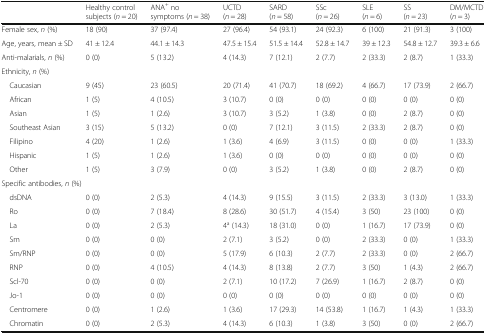
<table><thead><tr><td></td><td><b>Healthy control subjects (<i>n</i> = 20)</b></td><td><b>ANA<sup>+</sup> no symptoms (<i>n</i> = 38)</b></td><td><b>UCTD (<i>n</i> = 28)</b></td><td><b>SARD (<i>n</i> = 58)</b></td><td><b>SSc (<i>n</i> = 26)</b></td><td><b>SLE (<i>n</i> = 6)</b></td><td><b>SS (<i>n</i> = 23)</b></td><td><b>DM/MCTD (<i>n</i> = 3)</b></td></tr></thead><tbody><tr><td>Female sex, <i>n</i> (%)</td><td>18 (90)</td><td>37 (97.4)</td><td>27 (96.4)</td><td>54 (93.1)</td><td>24 (92.3)</td><td>6 (100)</td><td>21 (91.3)</td><td>3 (100)</td></tr><tr><td>Age, years, mean ± SD</td><td>41 ± 12.4</td><td>44.1 ± 14.3</td><td>47.5 ± 15.4</td><td>51.5 ± 14.4</td><td>52.8 ± 14.7</td><td>39 ± 12.3</td><td>54.8 ± 12.7</td><td>39.3 ± 6.6</td></tr><tr><td>Anti-malarials, <i>n</i> (%)</td><td>0 (0)</td><td>5 (13.2)</td><td>4 (14.3)</td><td>7 (12.1)</td><td>2 (7.7)</td><td>2 (33.3)</td><td>2 (8.7)</td><td>1 (33.3)</td></tr><tr><td colspan="9">Ethnicity, <i>n</i> (%)</td></tr><tr><td> Caucasian</td><td>9 (45)</td><td>23 (60.5)</td><td>20 (71.4)</td><td>41 (70.7)</td><td>18 (69.2)</td><td>4 (66.7)</td><td>17 (73.9)</td><td>2 (66.7)</td></tr><tr><td> African</td><td>1 (5)</td><td>4 (10.5)</td><td>3 (10.7)</td><td>0 (0)</td><td>0 (0)</td><td>0 (0)</td><td>0 (0)</td><td>0 (0)</td></tr><tr><td> Asian</td><td>1 (5)</td><td>1 (2.6)</td><td>3 (10.7)</td><td>3 (5.2)</td><td>1 (3.8)</td><td>0 (0)</td><td>2 (8.7)</td><td>0 (0)</td></tr><tr><td> Southeast Asian</td><td>3 (15)</td><td>5 (13.2)</td><td>0 (0)</td><td>7 (12.1)</td><td>3 (11.5)</td><td>2 (33.3)</td><td>2 (8.7)</td><td>0 (0)</td></tr><tr><td> Filipino</td><td>4 (20)</td><td>1 (2.6)</td><td>1 (3.6)</td><td>4 (6.9)</td><td>3 (11.5)</td><td>0 (0)</td><td>0 (0)</td><td>1 (33.3)</td></tr><tr><td> Hispanic</td><td>1 (5)</td><td>1 (2.6)</td><td>1 (3.6)</td><td>0 (0)</td><td>0 (0)</td><td>0 (0)</td><td>0 (0)</td><td>0 (0)</td></tr><tr><td> Other</td><td>1 (5)</td><td>3 (7.9)</td><td>0 (0)</td><td>3 (5.2)</td><td>1 (3.8)</td><td>0 (0)</td><td>2 (8.7)</td><td>0 (0)</td></tr><tr><td colspan="9">Specific antibodies, <i>n</i> (%)</td></tr><tr><td> dsDNA</td><td>0 (0)</td><td>2 (5.3)</td><td>4 (14.3)</td><td>9 (15.5)</td><td>3 (11.5)</td><td>2 (33.3)</td><td>3 (13.0)</td><td>1 (33.3)</td></tr><tr><td> Ro</td><td>0 (0)</td><td>7 (18.4)</td><td>8 (28.6)</td><td>30 (51.7)</td><td>4 (15.4)</td><td>3 (50)</td><td>23 (100)</td><td>0 (0)</td></tr><tr><td> La</td><td>0 (0)</td><td>2 (5.3)</td><td>4<sup>a</sup> (14.3)</td><td>18 (31.0)</td><td>0 (0)</td><td>1 (16.7)</td><td>17 (73.9)</td><td>0 (0)</td></tr><tr><td> Sm</td><td>0 (0)</td><td>0 (0)</td><td>2 (7.1)</td><td>3 (5.2)</td><td>0 (0)</td><td>2 (33.3)</td><td>0 (0)</td><td>1 (33.3)</td></tr><tr><td> Sm/RNP</td><td>0 (0)</td><td>0 (0)</td><td>5 (17.9)</td><td>6 (10.3)</td><td>2 (7.7)</td><td>2 (33.3)</td><td>0 (0)</td><td>2 (66.7)</td></tr><tr><td> RNP</td><td>0 (0)</td><td>4 (10.5)</td><td>4 (14.3)</td><td>8 (13.8)</td><td>2 (7.7)</td><td>3 (50)</td><td>1 (4.3)</td><td>2 (66.7)</td></tr><tr><td> Scl-70</td><td>0 (0)</td><td>0 (0)</td><td>2 (7.1)</td><td>10 (17.2)</td><td>7 (26.9)</td><td>1 (16.7)</td><td>2 (8.7)</td><td>0 (0)</td></tr><tr><td> Jo-1</td><td>0 (0)</td><td>0 (0)</td><td>0 (0)</td><td>0 (0)</td><td>0 (0)</td><td>0 (0)</td><td>0 (0)</td><td>0 (0)</td></tr><tr><td> Centromere</td><td>0 (0)</td><td>1 (2.6)</td><td>1 (3.6)</td><td>17 (29.3)</td><td>14 (53.8)</td><td>1 (16.7)</td><td>1 (4.3)</td><td>1 (33.3)</td></tr><tr><td> Chromatin</td><td>0 (0)</td><td>2 (5.3)</td><td>4 (14.3)</td><td>6 (10.3)</td><td>1 (3.8)</td><td>3 (50)</td><td>0 (0)</td><td>2 (66.7)</td></tr></tbody></table>